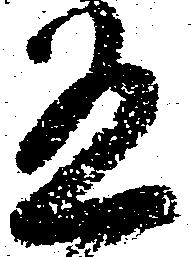
有